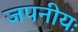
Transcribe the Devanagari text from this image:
जपनीयः